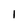
Character: l